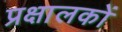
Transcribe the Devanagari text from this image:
प्रक्षालकों